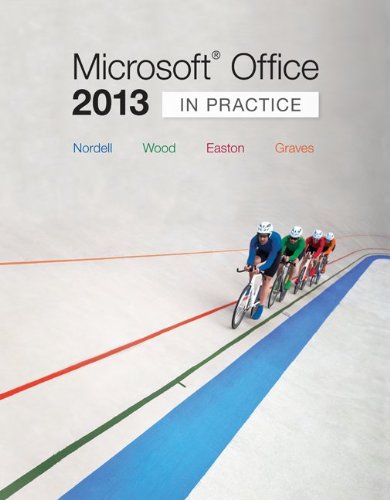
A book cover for MicrosoftÂ® Office 2013: In Practice (Simnet Code not included); Randy Nordell; Computers & Technology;